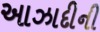
આઝાદીની